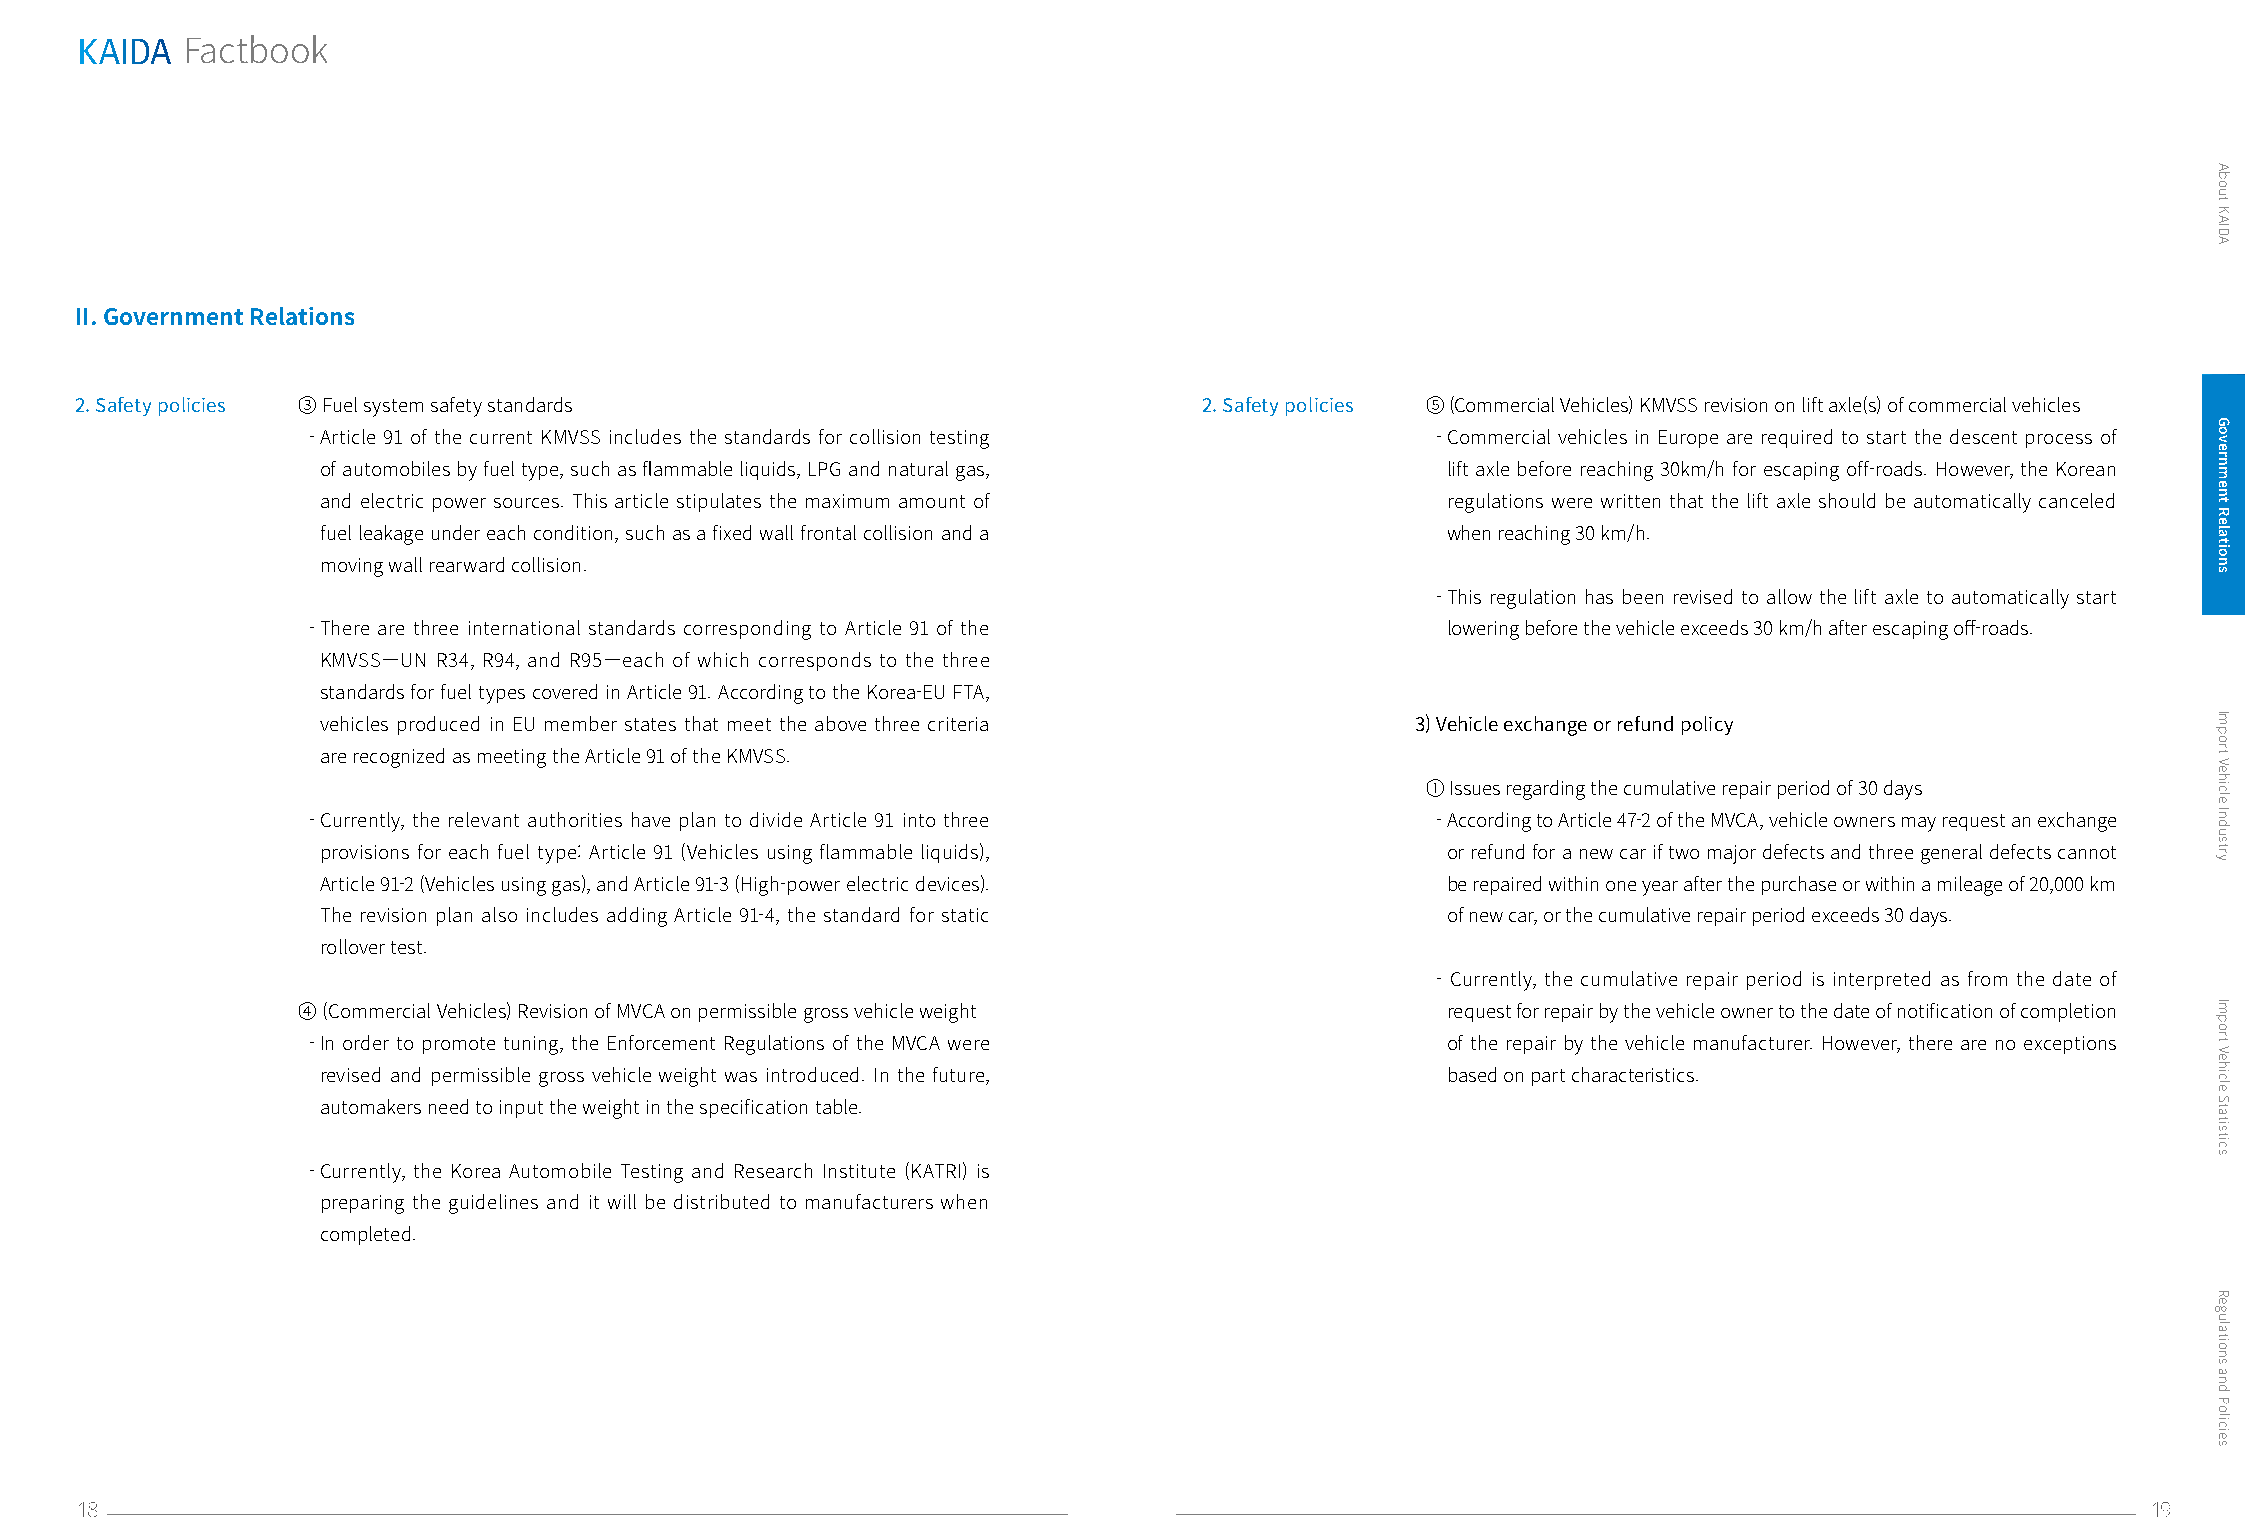
KAIDA
 Factbook
 II. Government Relations
 2. Safety policies ③ Fuel system safety standards                          2. Safety policies ⑤ (Commercial Vehicles) KMVSS revision on lift axle(s) of commercial vehicles
 - Article 91 of the current KMVSS includes the standards for collision testing - Commercial vehicles in Europe are required to start the descent process of
 of automobiles by fuel type, such as flammable liquids, LPG and natural gas, lift axle before reaching 30km/h for escaping off-roads. However, the Korean
 and electric power sources. This article stipulates the maximum amount of  regulations were written that the lift axle should be automatically canceled
 fuel leakage under each condition, such as a fixed wall frontal collision and a when reaching 30 km/h.
 moving wall rearward collision.
 - This regulation has been revised to allow the lift axle to automatically start
 - There are three international standards corresponding to Article 91 of the lowering before the vehicle exceeds 30 km/h after escaping off-roads.
 KMVSS—UN R34, R94, and R95—each of which corresponds to the three
 standards for fuel types covered in Article 91. According to the Korea-EU FTA,
 vehicles produced in EU member states that meet the above three criteria 3) Vehicle exchange or refund policy
 are recognized as meeting the Article 91 of the KMVSS.
 ① Issues regarding the cumulative repair period of 30 days
 - Currently, the relevant authorities have plan to divide Article 91 into three - According to Article 47-2 of the MVCA, vehicle owners may request an exchange
 provisions for each fuel type: Article 91 (Vehicles using flammable liquids), or refund for a new car if two major defects and three general defects cannot
 Article 91-2 (Vehicles using gas), and Article 91-3 (High-power electric devices). be repaired within one year after the purchase or within a mileage of 20,000 km
 The revision plan also includes adding Article 91-4, the standard for static of new car, or the cumulative repair period exceeds 30 days.
 rollover test.
 - Currently, the cumulative repair period is interpreted as from the date of
 ④ (Commercial Vehicles) Revision of MVCA on permissible gross vehicle weight request for repair by the vehicle owner to the date of notification of completion
 - In order to promote tuning, the Enforcement Regulations of the MVCA were  of the repair by the vehicle manufacturer. However, there are no exceptions
 revised and permissible gross vehicle weight was introduced. In the future, based on part characteristics.
 automakers need to input the weight in the specification table.
 - Currently, the Korea Automobile Testing and Research Institute (KATRI) is
 preparing the guidelines and it will be distributed to manufacturers when
 completed.
 18                                                                                                                                       19
 About
 KAIDA
 Government
 Relations
 Import
 Vehicle
 Industry
 Import
 Vehicle
 Statistics
 Regulations
 and
 Policies